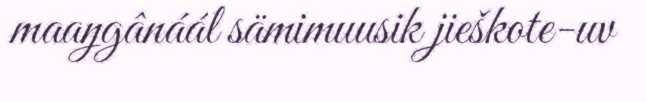
maaŋgânáál sämimuusik jieškote-uv